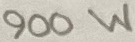
Text: 900W